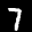
Label: 7